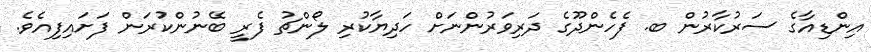
އިންޑިއާގެ ސަރުކާރުން ބ. ފެހެންދޫގެ ދަރިވަރުންނަށް ހަދިޔާކުރި ލޯންޗު ފެރީ ބޭނުންކުރަން ފަށައިފިއެވެ.